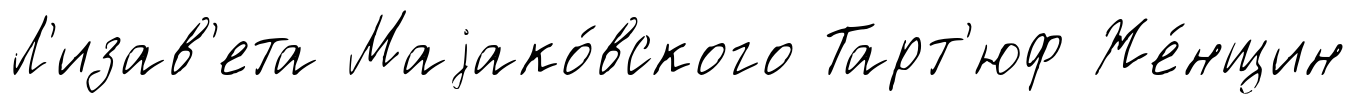
Л'изав'ета Маjако́вского Тарт'юф Же́нщин